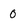
Character: 0